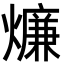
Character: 燫